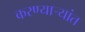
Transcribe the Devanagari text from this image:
करण्यार्‍यांत